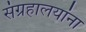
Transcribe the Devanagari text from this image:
संग्रहालयांना